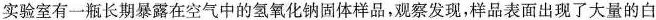
实验室有一瓶长期暴露在空气中的氢氧化钠固体样品，观察发现，样品表面出现了大量的白